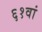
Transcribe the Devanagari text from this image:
६१वां